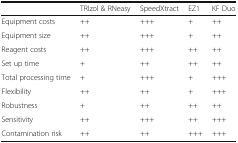
<table><thead><tr><td></td><td><b>TRIzol &amp; RNeasy</b></td><td><b>SpeedXtract</b></td><td><b>EZ1</b></td><td><b>KF Duo</b></td></tr></thead><tbody><tr><td>Equipment costs</td><td>++</td><td>+++</td><td>+</td><td>++</td></tr><tr><td>Equipment size</td><td>++</td><td>+++</td><td>+</td><td>++</td></tr><tr><td>Reagent costs</td><td>++</td><td>+++</td><td>++</td><td>++</td></tr><tr><td>Set up time</td><td>+</td><td>++</td><td>++</td><td>++</td></tr><tr><td>Total processing time</td><td>+</td><td>+++</td><td>+</td><td>+++</td></tr><tr><td>Flexibility</td><td>++</td><td>++</td><td>+</td><td>+++</td></tr><tr><td>Robustness</td><td>+</td><td>++</td><td>++</td><td>++</td></tr><tr><td>Sensitivity</td><td>++</td><td>+++</td><td>++</td><td>+++</td></tr><tr><td>Contamination risk</td><td>++</td><td>++</td><td>+++</td><td>+++</td></tr></tbody></table>